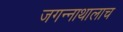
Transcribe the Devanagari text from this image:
जगन्नाथालाच